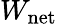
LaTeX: W_{\mathrm{{net}}}